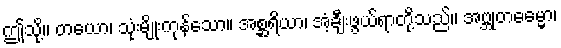
ဤသို့။ တယော၊ သုံးမျိုးကုန်သော။ အစ္ဆရိယာ၊ အံ့ချီးဖွယ်ရာတို့သည်။ အဗ္ဘုတဓမ္မော၊